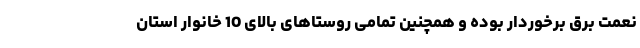
نعمت برق برخوردار بوده و همچنین تمامی روستاهای بالای 10 خانوار استان